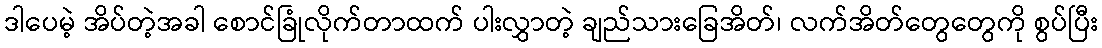
ဒါပေမဲ့ အိပ်တဲ့အခါ စောင်ခြုံလိုက်တာထက် ပါးလွှာတဲ့ ချည်သားခြေအိတ်၊ လက်အိတ်တွေတွေကို စွပ်ပြီး